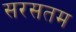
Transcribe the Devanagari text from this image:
सरसतम